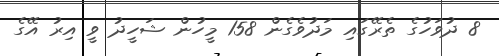
8 ދުވަހުގެ ތެރޭގައި މަދުވެގެން 158 މީހުން ޝަހީދު ވީ އިރު އޭގެ